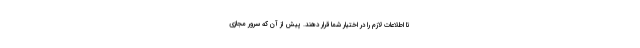
تا اطلاعات لازم را در اختیار شما قرار دهند. پیش از آن که سرور مجازی